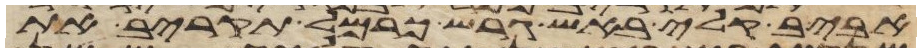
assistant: אביב קלי באש גרש כרמל תקריב את